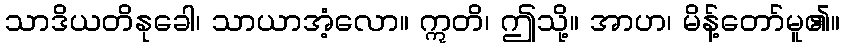
သာဒိယတိနုခေါ၊ သာယာအံ့လော။ ဣတိ၊ ဤသို့။ အာဟ၊ မိန့်တော်မူ၏။